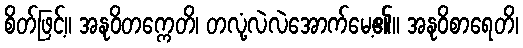
စိတ်ဖြင့်။ အနုဝိတက္ကေတိ၊ တလုံ့လဲလဲအောက်မေ့၏။ အနုဝိစာရေတိ၊